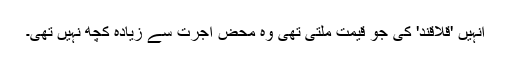
انہیں 'قلاقند' کی جو قیمت ملتی تھی وہ محض اجرت سے زیادہ کچھ نہیں تھی۔